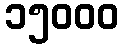
၁၅၀၀၀